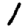
Digit: 1